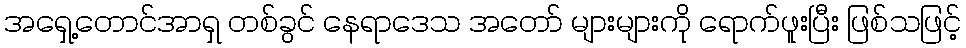
အရှေ့တောင်အာရှ တစ်ခွင် နေရာဒေသ အတော် များများကို ရောက်ဖူးပြီး ဖြစ်သဖြင့်